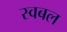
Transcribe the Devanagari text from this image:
स्वबल